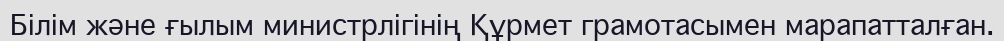
Білім және ғылым министрлігінің Құрмет грамотасымен марапатталған.